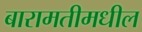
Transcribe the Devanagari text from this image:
बारामतीमधील